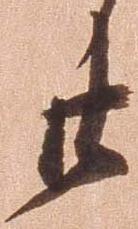
廿